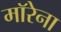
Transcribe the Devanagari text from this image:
माॅरेना